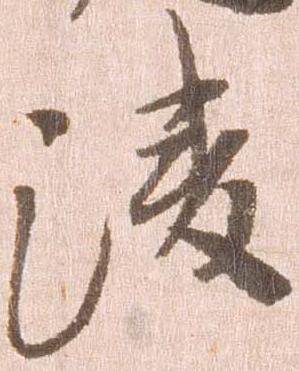
凌